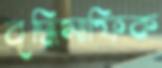
বৃদ্ধিমাফিক